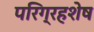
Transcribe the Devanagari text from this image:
परिग्रहशेष